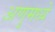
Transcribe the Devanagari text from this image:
अणुमध्ये